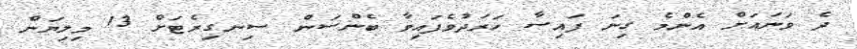
ދެ ވަނައަށް އެންމެ ގިނަ ފައިސާ ހަރަދުވެފައިވާ ބެންސަން ސިނގިރެޓަށް 13 މިލިޔަން